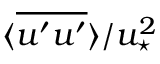
\langle \overline { { u ^ { \prime } u ^ { \prime } } } \rangle / u _ { \star } ^ { 2 }